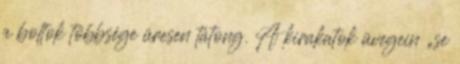
a boltok többsége üresen tátong. A kirakatok üvegein „se